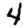
Digit: 4